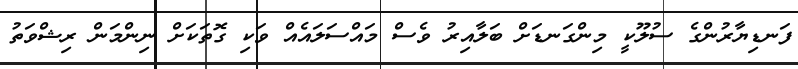
ފަނޑިޔާރުންގެ ސުލޫކީ މިންގަނޑަށް ބަލާއިރު ވެސް މައްސަލައެއް ވަކި ގޮތަކަށް ނިންމަން ރިޝްވަތު